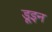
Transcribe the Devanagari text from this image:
डूइन